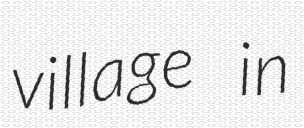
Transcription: village in